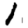
Digit: 1